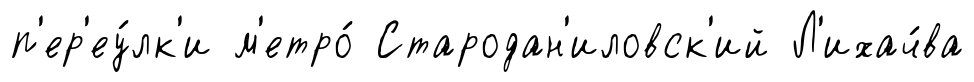
п'ер'еу́лк'и м'етро́ Стародан'иловск'ий Л'ихач́ва